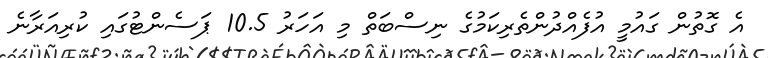
އެ ގޮތުން ގައުމީ އުފެއްދުންތެރިކަމުގެ ނިސްބަތް މި އަހަރު 10.5 ޕަސެންޓުގައި ކުރިއަރާނެ